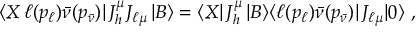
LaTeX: \langle X \, \ell ( p _ { \ell } ) \bar { \nu } ( p _ { \bar { \nu } } ) | \, J _ { h } ^ { \mu } J _ { \ell \mu } \, | B \rangle = \langle X | \, J _ { h } ^ { \mu } \, | B \rangle \langle \ell ( p _ { \ell } ) \bar { \nu } ( p _ { \bar { \nu } } ) | \, J _ { \ell \mu } | 0 \rangle \, \, ,